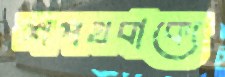
শপথবাক্যে